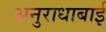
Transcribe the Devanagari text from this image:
अनुराधाबाई